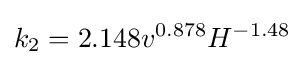
k_{2}=2.148v^{0.878}H^{-1.48}